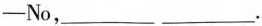
-No,___ ___.